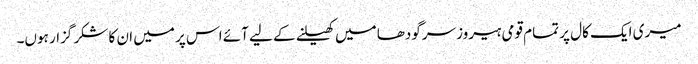
میری ایک کال پر تمام قومی ہیروز سرگودھا میں کھیلنے کے لیے آئے اس پر میں ان کا شکر گزار ہوں۔